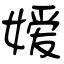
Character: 嫒